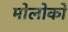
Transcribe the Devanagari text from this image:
मोलोको